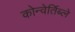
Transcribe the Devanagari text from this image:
कोन्वेर्तिब्ले